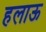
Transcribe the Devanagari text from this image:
हलाऊ